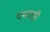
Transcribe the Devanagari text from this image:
पंथवाड़ी